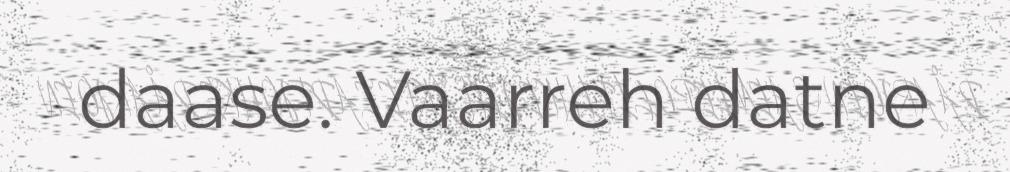
daase. Vaarreh datne